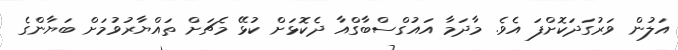
އަލުން ވަރުގަދަކޮށްފަ އެވެ. މާދަމާ އައުގްސްބާގްއާ ދެކޮޅަށް ކުޅޭ މެޗަށް ތައްޔާރުވުމަށް ބަޔާންގެ